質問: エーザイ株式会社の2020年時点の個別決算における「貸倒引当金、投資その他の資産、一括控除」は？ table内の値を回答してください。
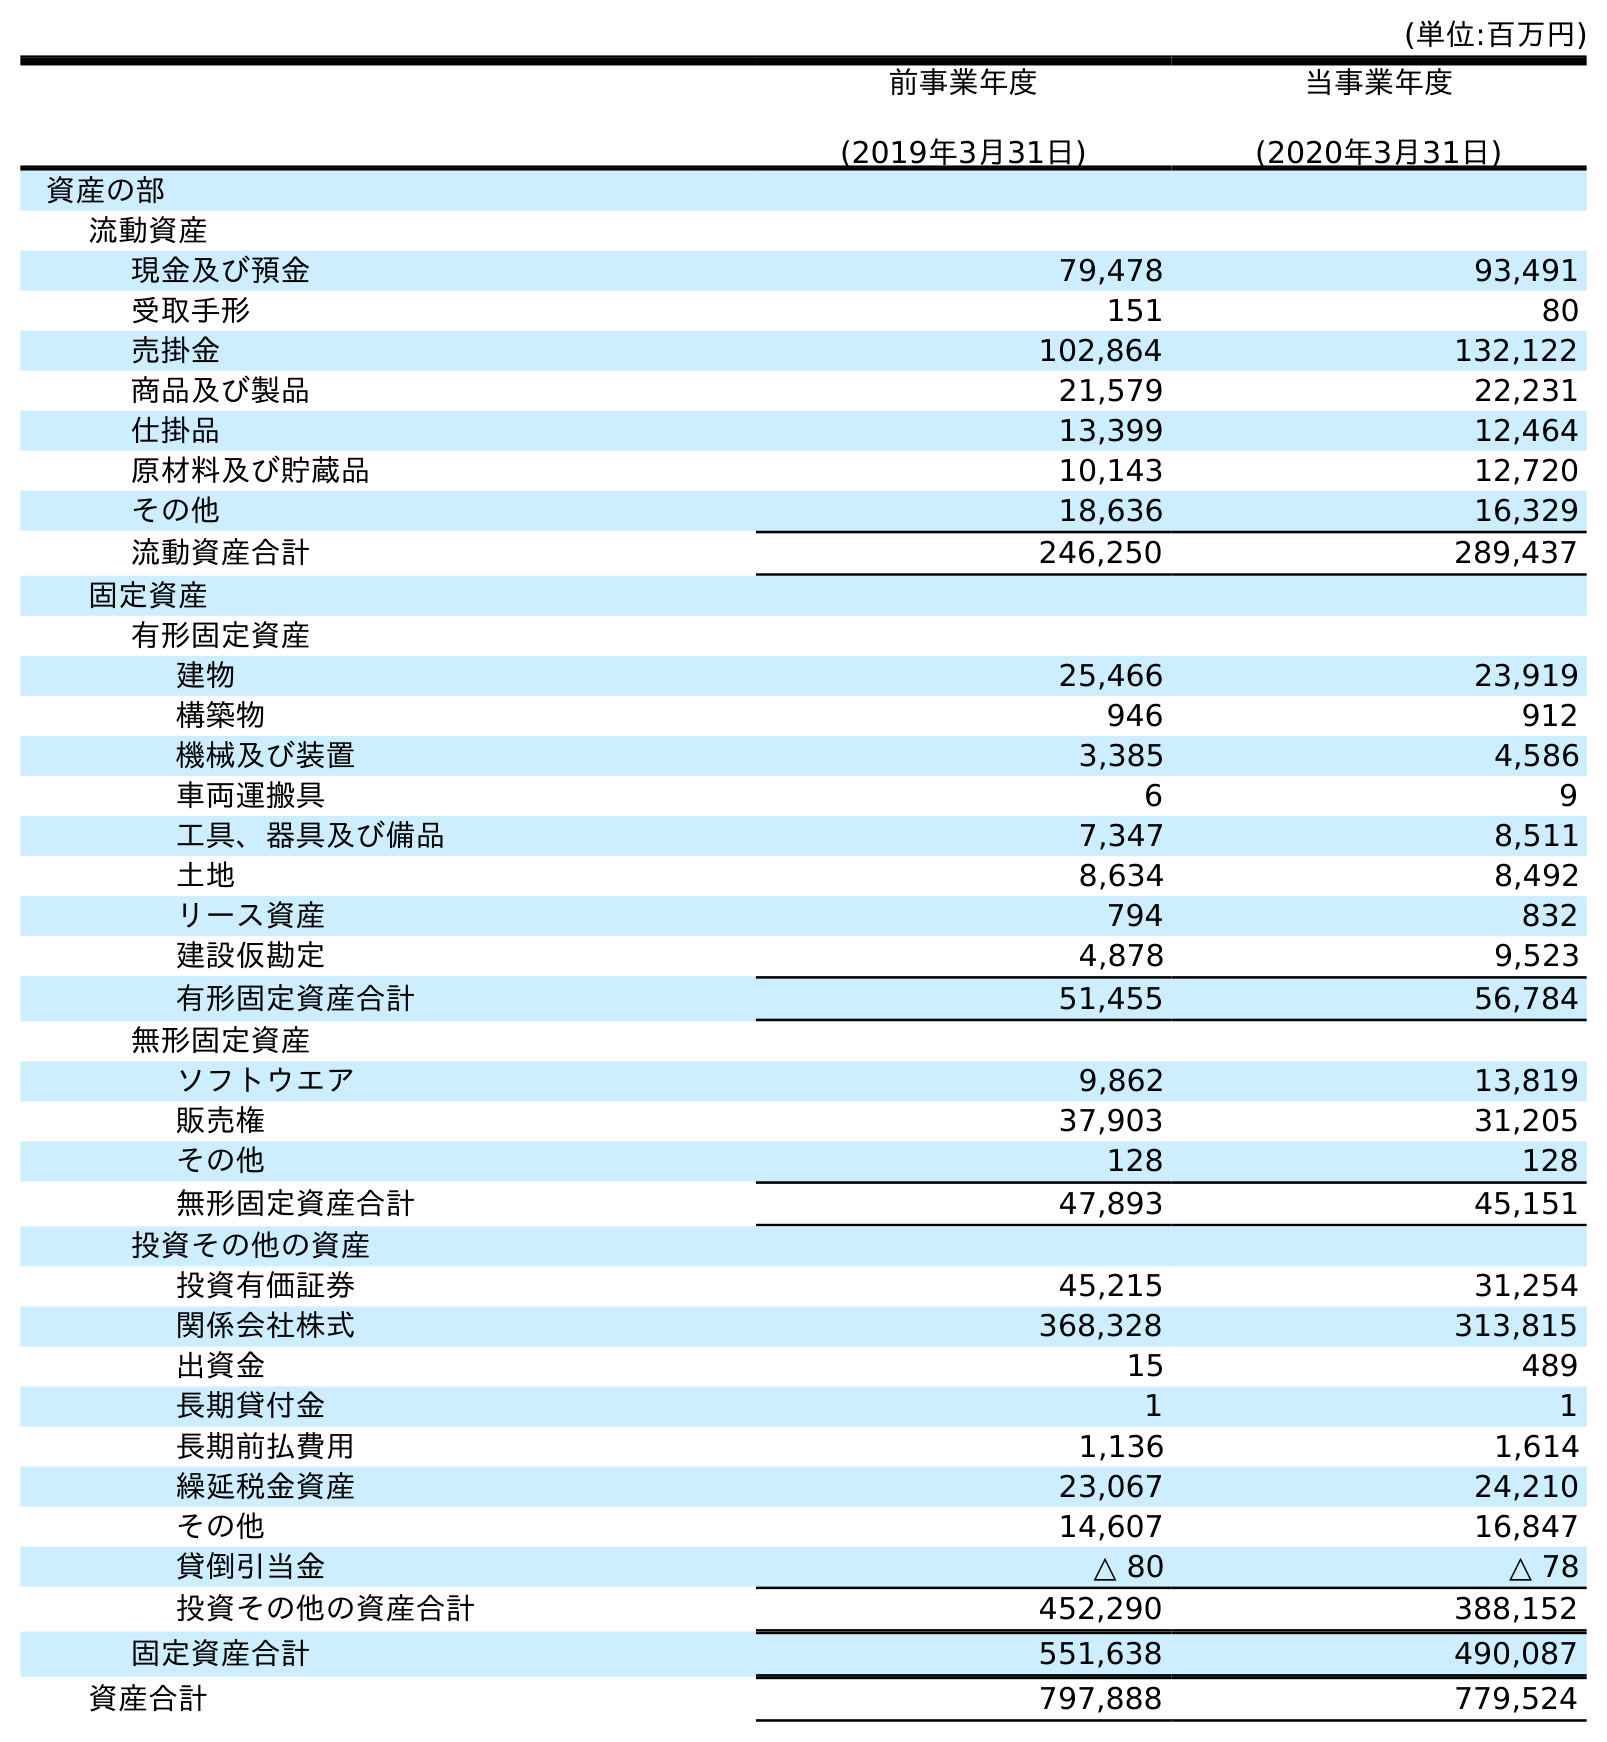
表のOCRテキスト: (単位:百万円) 前事業年度 (2019年3月31日) 当事業年度 (2020年3月31日) 資産の部 流動資産 現金及び預金 79,478 93,491 受取手形 151 80 売掛金 102,864 132,122 商品及び製品 21,579 22,231 仕掛品 13,399 12,464 原材料及び貯蔵品 10,143 12,720 その他 18,636 16,329 流動資産合計 246,250 289,437 固定資産 有形固定資産 建物 25,466 23,919 構築物 946 912 機械及び装置 3,385 4,586 車両運搬具 6 9 工具、器具及び備品 7,347 8,511 土地 8,634 8,492 リース資産 794 832 建設仮勘定 4,878 9,523 有形固定資産合計 51,455 56,784 無形固定資産 ソフトウエア 9,862 13,819 販売権 37,903 31,205 その他 128 128 無形固定資産合計 47,893 45,151 投資その他の資産 投資有価証券 45,215 31,254 関係会社株式 368,328 313,815 出資金 15 489 長期貸付金 1 1 長期前払費用 1,136 1,614 繰延税金資産 23,067 24,210 その他 14,607 16,847 貸倒引当金 △ 80 △ 78 投資その他の資産合計 452,290 388,152 固定資産合計 551,638 490,087 資産合計 797,888 779,524
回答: △78